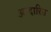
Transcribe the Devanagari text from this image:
आदारित